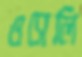
ওসেলি